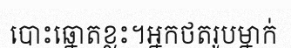
បោះឆ្នោតខ្លះ។អ្នកថតរូបម្នាក់